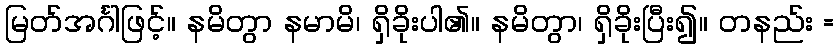
မြတ်အင်္ဂါဖြင့်။ နမိတွာ နမာမိ၊ ရှိခိုးပါ၏။ နမိတွာ၊ ရှိခိုးပြီး၍။ တနည်း =